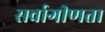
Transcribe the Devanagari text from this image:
सर्वागीणता